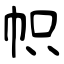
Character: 帜